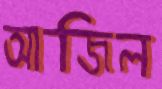
আজিল